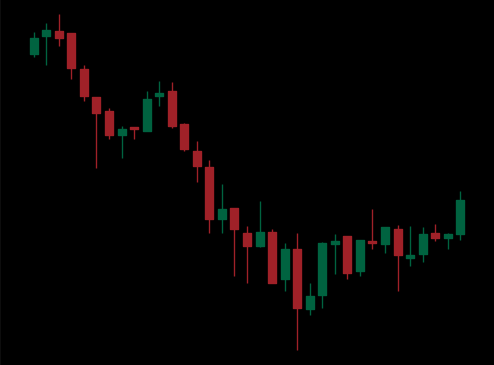
Pattern: bull_flag